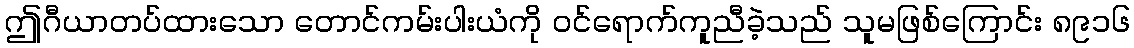
ဤဂီယာတပ်ထားသော တောင်ကမ်းပါးယံကို ဝင်ရောက်ကူညီခဲ့သည် သူမဖြစ်ကြောင်း ၈၉၁၆